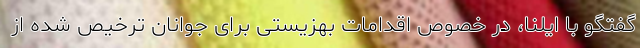
گفتگو با ایلنا، در خصوص اقدامات بهزیستی برای جوانان ترخیص شده از